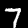
Label: 7